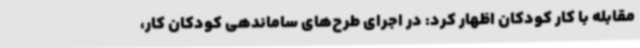
مقابله با کار کودکان اظهار کرد: در اجرای طرح‌های ساماندهی کودکان کار،